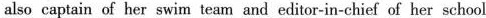
also captain of her swim team and editor-in-chief of her school